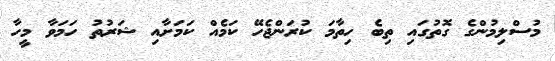
މުސްލިމުންގެ ގޮތުގައި ތިބެ ހިތާމަ ކުރަންޖެހޭ ކަމެއް ކަމަށާއި ޝަރުތު ހަމަވާ މީހާ